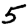
Digit: 5